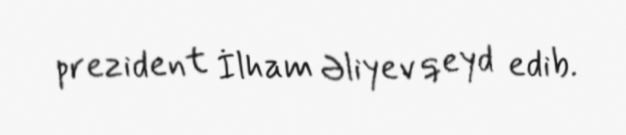
prezident İlham Əliyev qeyd edib.